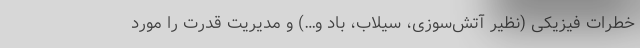
خطرات فیزیکی (نظیر آتش‌سوزی، سیلاب، باد و…) و مدیریت قدرت را مورد